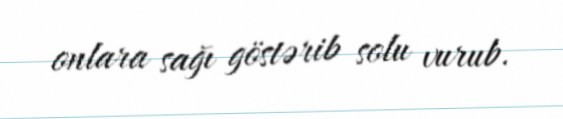
onlara sağı göstərib solu vurub.